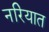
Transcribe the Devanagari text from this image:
नरियात